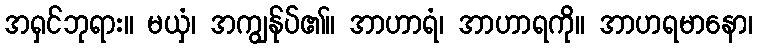
အရှင်ဘုရား။ မယှံ၊ အကျွန်ုပ်၏။ အာဟာရံ၊ အာဟာရကို။ အာဟရမာနော၊